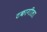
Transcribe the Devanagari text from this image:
टकागीला